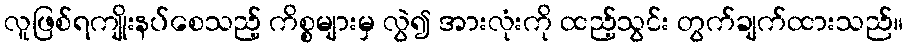
လူဖြစ်ရကျိုးနပ်စေသည့် ကိစ္စများမှ လွဲ၍ အားလုံးကို ထည့်သွင်း တွက်ချက်ထားသည်။